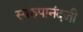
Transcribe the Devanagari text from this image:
स्वरुपानंदजी